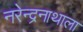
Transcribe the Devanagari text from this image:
नरेन्द्रनाथाला